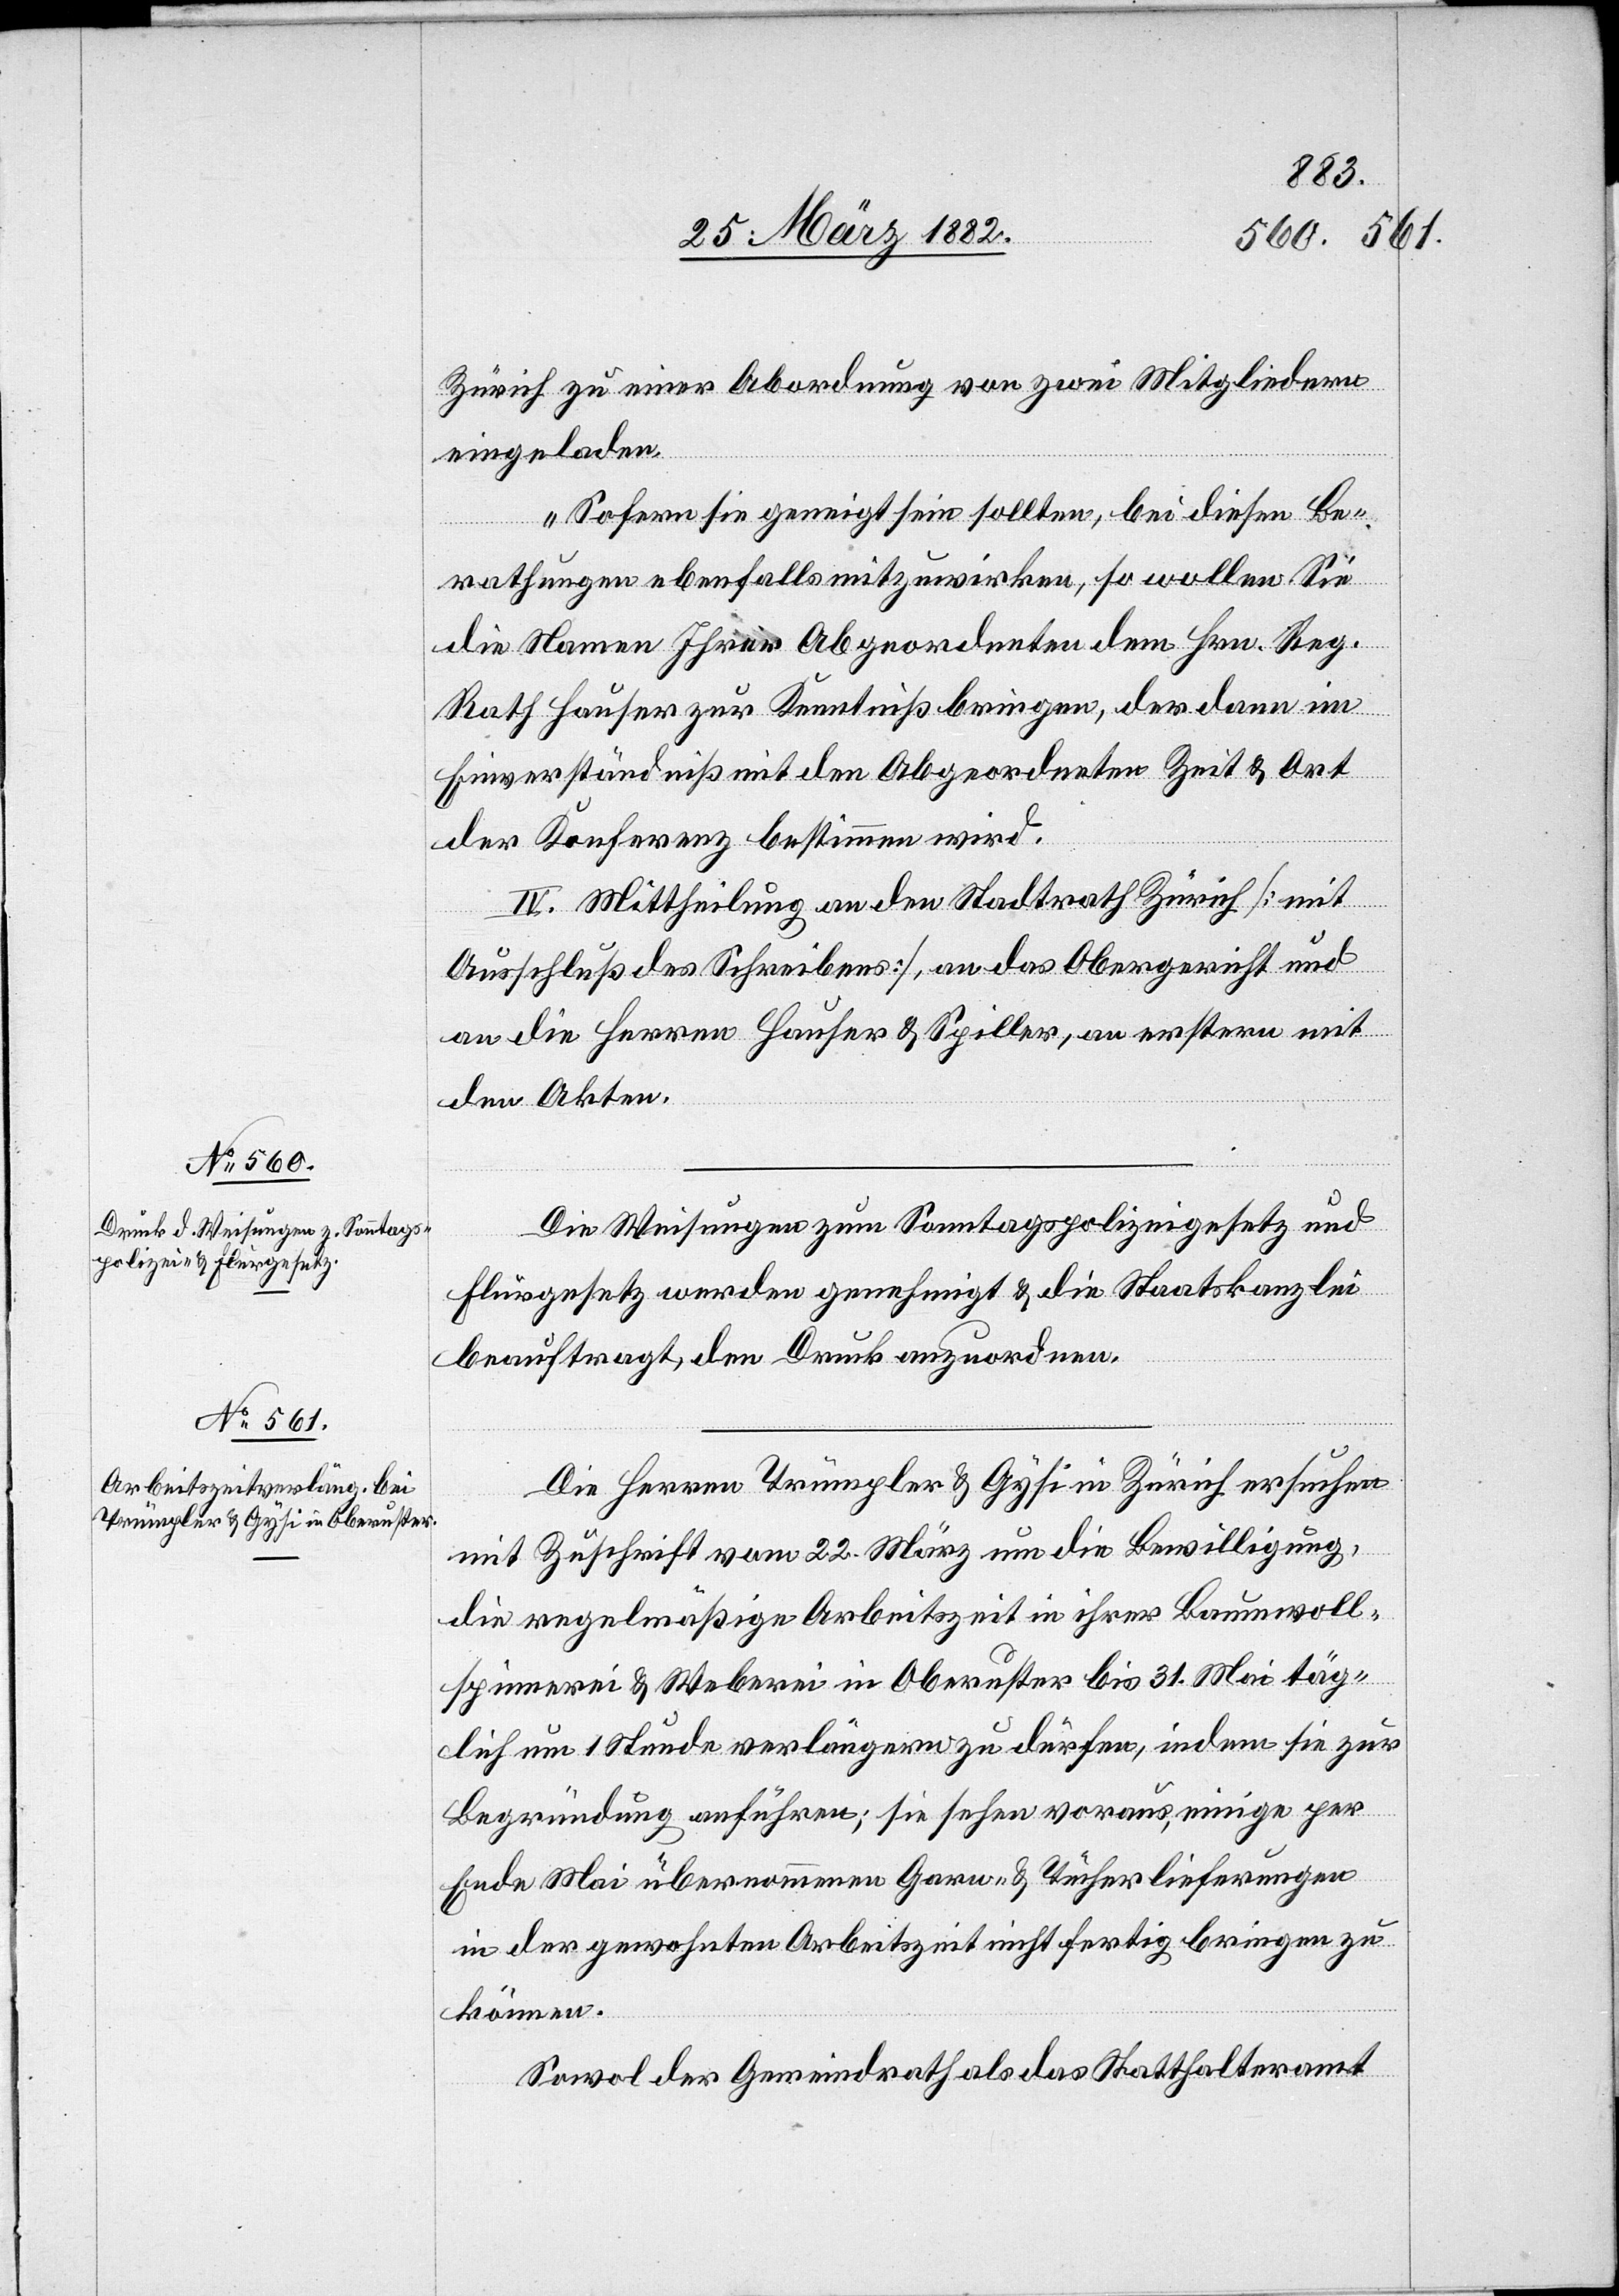
Zürich zu einer Abordnung von zwei Mitgliedern
eingeladen.
Sofern Sie geneigt sein sollten, bei diesen Be¬
rathungen ebenfalls mitzuwirken, so wollen Sie
die Namen Ihrer Abgeordneten dem Hrn. Reg.
Rath Hauser zur Kenntniß bringen, der dann im
Einverständniß mit den Abgeordneten Zeit & Ort
der Konferenz bestimmen wird.
IV. Mittheilung an den Stadtrath Zürich [mit
Ausschluß des Schreibens], an das Obergericht und
an die Herren Hauser & Spiller, an erstern mit
den Akten.
Die Weisungen zum Sonntagspolizeigesetz und
Flurgesetz werden genehmigt & die Staatskanzlei
beauftragt, den Druck anzuordnen.
Die Herren Trümpler & Gysi in Zürich ersuchen
mit Zuschrift vom 22. März um die Bewilligung,
die regelmäßige Arbeitszeit in ihrer Baumwoll¬
spinnerei & Weberei in Oberuster bis 31. Mai täg¬
lich um 1 Stunde verlängern zu dürfen, indem sie zur
Begründung anführen: sie sehen voraus, einige per
Ende Mai übernommenen Garn- & Tücherlieferungen
in der gewohnten Arbeitszeit nicht fertig bringen zu
können.
Sowol der Gemeindrath als das Statthalteramt